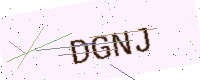
Text: DGNJ